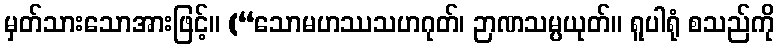
မှတ်သားသောအားဖြင့်။ (“သောမဟဿသဟဂုတ်၊ ဉာဏသမ္ပယုတ်။ ရူပါရုံ စသည်ကို